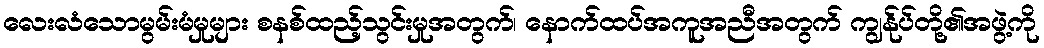
လေးလံသောမွမ်းမံမှုများ စနစ်ထည့်သွင်းမှုအတွက်၊ နောက်ထပ်အကူအညီအတွက် ကျွန်ုပ်တို့၏အဖွဲ့ကို